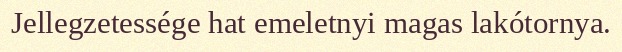
Jellegzetessége hat emeletnyi magas lakótornya.